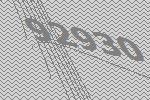
92930